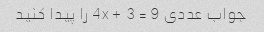
جواب عددی 4x + 3 = 9 را پیدا کنید